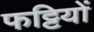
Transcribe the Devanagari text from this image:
फट्टियों